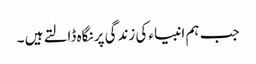
جب ہم انبیاء کی زندگی پر نگاہ ڈالتے ہیں ۔